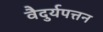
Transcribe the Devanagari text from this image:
वैदुर्यपत्तन